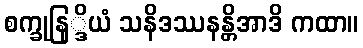
စက္ခုနြ္ဒိယံ သနိဒဿနန္တိအာဒိ ကထာ။